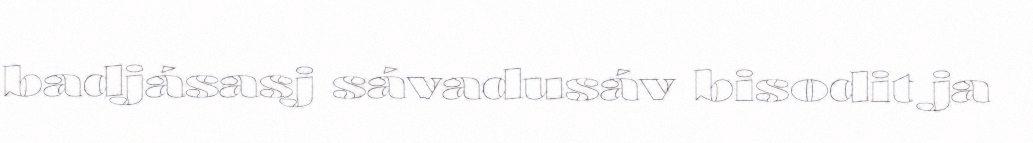
badjásasj sávadusáv bisodit ja